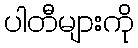
ပါတီများကို